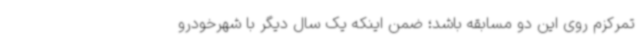
تمرکزم روی این دو مسابقه باشد؛ ضمن اینکه یک سال دیگر با شهرخودرو